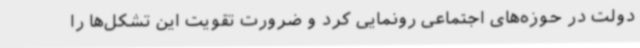
دولت در حوزه‌های اجتماعی رونمایی کرد و ضرورت تقویت این تشکل‌ها را